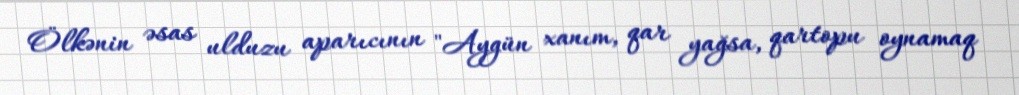
Ölkənin əsas ulduzu aparıcının "Aygün xanım, qar yağsa, qartopu oynamaq